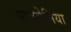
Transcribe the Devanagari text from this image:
पावसेनिया